Scottish Leaving Certificate Examination, 1960
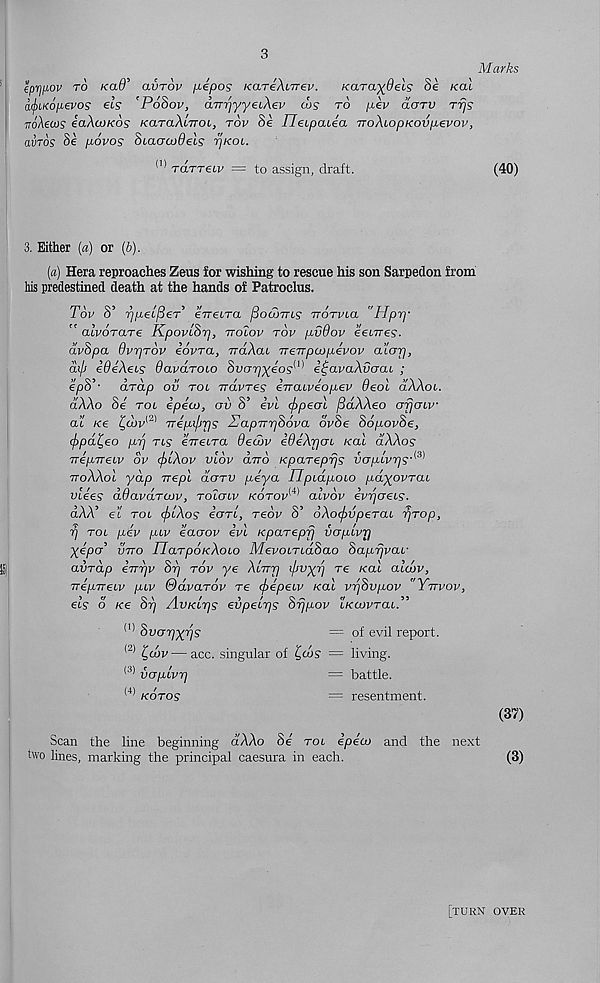
3
Marks
Zprjiwv to KaO' avrov /J-epos KareXiTrev.
KaTa^Oels Si koll
afyiKopevos els 'Pohov, aTrriyyeiXev cos to pev clotv Trjs
iroXecos eaXojKos KaTaXlvoc, rov Se Ileipaiea rroXLopKovpevov,
avTos Se povos SiaacoOels rjKoi.
(,) raTTeiv = to assign, draft.
(40)
3. Either (a) or (&).
(a) Hera reproaches Zeus for wishing to rescue his son Sarpedon from
his predestined death at the hands of Patroclus.
T6v S’ rjpelfieP eireLra fiotOTUS Trorvia "Hpry
" alvorare KpovlSrj, irolov tov pvdov eenres.
dvSpa OvrjTov eovra, rraXcu neTTpajpevov a’larj,
aifi edeXecs davaroio Svapyeos^ e^avaXvoai ;
epS’- drap ov rot irdvTes erraiveopev deal dXXoL.
dXXo Se tol ipeco, ov S’ evl cf>peol /BdXXeo ofjoLv
at /ce ^cbv [2) irepi/jris SapirpSova dvSe SopovSe,
cf)pd^eo pp ns eVetra decov edeXpoL Kal dXXos
/
c ' / ''t
c \ 3 \
L
^ r /
(3)
7T€fM7T€LV OV (pLAOV VLOV CITTO KpCLTepTJS UCJ/XtVT^S*
ttoXXol yap rrepl dorv peya Upidpoio payovrat
f /
3 /)/
~
/
(4) 3 \ 3 /
VL€€S auaVCLTQJV, TOLGLV KOTOV y ’ (UVOV €Vr](J€LS.
aAA’ et tol cfrcXos Sotl, reov S’ 6Xo<f>vpeTai prop,
p tol pev pLv eaoov evl Kparepp vopLvr)
yep®’ vtto IJaTpoieXoLO MevoLTLaSao SappvaL-
avTap errpv Sp tov ye XlrTp ifivyp Te Kal alcov,
TreprreLv pLv QdvaTOv Te cf)epeLv Kal vpSvpov "Yttvov,
eis d Are Sp AvKLps evpelps Sppov LKeovTaL.”
^ Svopyps
— of evil report.
(2) ^cov — acc. singular of ^cos = living.
(J> voplvp
— battle.
<4) kotos
= resentment.
(37)
Scan the line beginning d'AAo Se' tol ipeto and the next
two lines, marking the principal caesura in each.
(3)
[turn over